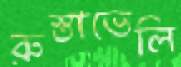
রুস্তাভেলি